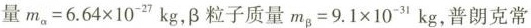
量$$m _ { α } = 6 . 6 4 \times 1 0 ^ { 2 7 } k g$$, β粒子质量$$m _ { β } = 9 . 1 \times 1 0 ^ { 3 1 } k g$$，普朗克常